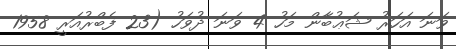
ވަނަ އަހަރު ޝަޢުބާން މަހު 4 ވަނަ ދުވަހު (23 ފެބްރުއަރީ 1958